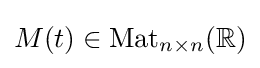
M(t)\in \operatorname {Mat} _{n\times n}(\mathbb {R} )